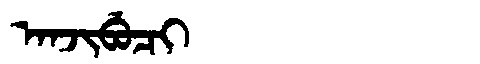
Manchu: ᠠᠨᠵᡳᠪᡠᠴᡳ
Romanization: ANJIBUCI